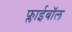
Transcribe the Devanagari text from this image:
फ्लाईबॉल